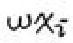
$wx^{2}$